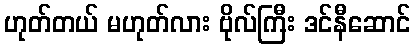
ဟုတ်တယ် မဟုတ်လား ဗိုလ်ကြီး ဒင်နီဆောင်